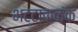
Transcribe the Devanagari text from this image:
भट्टाकळंक